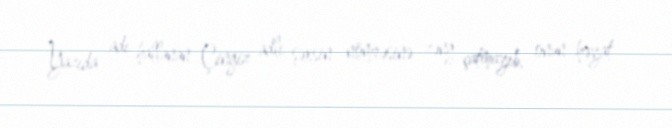
Yazıda adı hallanan Çingiz adlı şəxsin nömrəsinə zəng çatmayıb, onun həyat